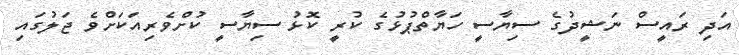
އަދި ރައީސް ނަޝީދުގެ ސިޔާސީ ހަޔާތްޕުޅުގެ ކުރީ ކޮޅު ސިޔާސީ ކުށްވެރިއަކަށްވެ ޖަލުގައި